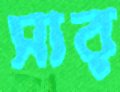
সার